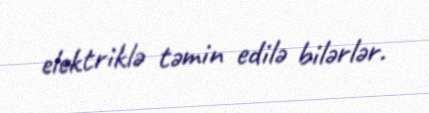
elektriklə təmin edilə bilərlər.